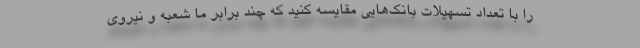
را با تعداد تسهیلات بانک‌هایی مقایسه کنید که چند برابر ما شعبه و نیروی